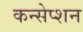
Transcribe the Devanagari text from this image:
कन्सेप्शन